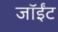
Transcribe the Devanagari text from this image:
जॉईंट